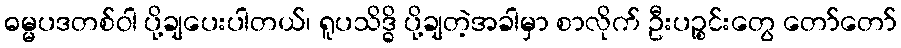
ဓမ္မပဒတစ်ဝါ ပို့ချပေးပါတယ်၊ ရူပသိဒ္ဓိ ပို့ချတဲ့အခါမှာ စာလိုက် ဦးပဉ္စင်းတွေ တော်တော်